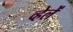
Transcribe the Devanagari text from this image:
व्हेलें